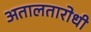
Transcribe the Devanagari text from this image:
अतालतारोधी